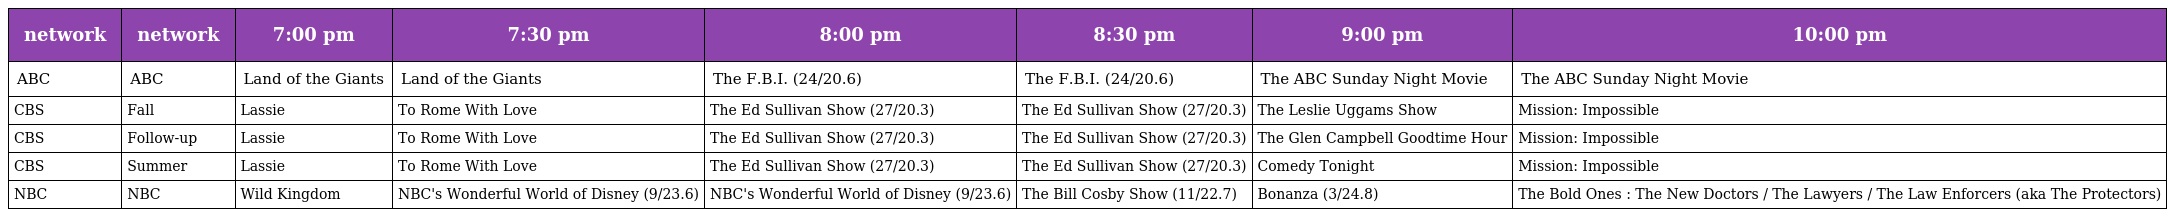
| network | network | 7:00 pm | 7:30 pm | 8:00 pm | 8:30 pm | 9:00 pm | 10:00 pm |
 | --- | --- | --- | --- | --- | --- | --- | --- |
 | ABC | ABC | Land of the Giants | Land of the Giants | The F.B.I. (24/20.6) | The F.B.I. (24/20.6) | The ABC Sunday Night Movie | The ABC Sunday Night Movie |
 | CBS | Fall | Lassie | To Rome With Love | The Ed Sullivan Show (27/20.3) | The Ed Sullivan Show (27/20.3) | The Leslie Uggams Show | Mission: Impossible |
 | CBS | Follow-up | Lassie | To Rome With Love | The Ed Sullivan Show (27/20.3) | The Ed Sullivan Show (27/20.3) | The Glen Campbell Goodtime Hour | Mission: Impossible |
 | CBS | Summer | Lassie | To Rome With Love | The Ed Sullivan Show (27/20.3) | The Ed Sullivan Show (27/20.3) | Comedy Tonight | Mission: Impossible |
 | NBC | NBC | Wild Kingdom | NBC's Wonderful World of Disney (9/23.6) | NBC's Wonderful World of Disney (9/23.6) | The Bill Cosby Show (11/22.7) | Bonanza (3/24.8) | The Bold Ones : The New Doctors / The Lawyers / The Law Enforcers (aka The Protectors) |